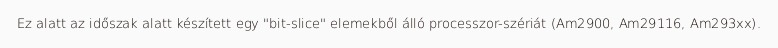
Ez alatt az időszak alatt készített egy "bit-slice" elemekből álló processzor-szériát (Am2900, Am29116, Am293xx).